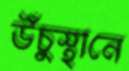
উঁচুস্থানে